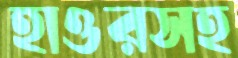
হাওরসহ